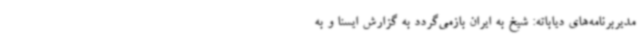
مدیربرنامه‌های دیاباته: شیخ به ایران بازمی‌گردد به گزارش ایسنا و به